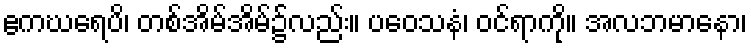
ဧကဃရေပိ၊ တစ်အိမ်အိမ်၌လည်း။ ပဝေသနံ၊ ဝင်ရာကို။ အလဘမာနော၊